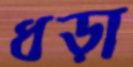
ধড়া